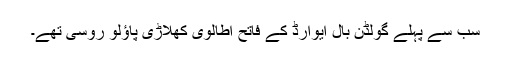
سب سے پہلے گولڈن بال ایوارڈ کے فاتح اطالوی کھلاڑی پاؤلو روسی تھے۔